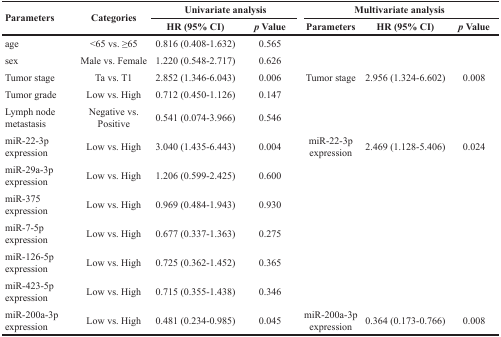
<table><thead><tr><td rowspan="2"><b>Parameters</b></td><td rowspan="2"><b>Categories</b></td><td colspan="2"><b>Univariate analysis</b></td><td colspan="3"><b>Multivariate analysis</b></td></tr><tr><td><b>HR (95% CI)</b></td><td><b><i>p</i> Value</b></td><td><b>Parameters</b></td><td><b>HR (95% CI)</b></td><td><b><i>p</i> Value</b></td></tr></thead><tbody><tr><td>age</td><td>&lt;65 vs. ≥65</td><td>0.816 (0.408-1.632)</td><td>0.565</td><td>[EMPTY_CELL]</td><td>[EMPTY_CELL]</td><td>[EMPTY_CELL]</td></tr><tr><td>sex</td><td>Male vs. Female</td><td>1.220 (0.548-2.717)</td><td>0.626</td><td>[EMPTY_CELL]</td><td>[EMPTY_CELL]</td><td>[EMPTY_CELL]</td></tr><tr><td>Tumor stage</td><td>Ta vs. T1</td><td>2.852 (1.346-6.043)</td><td>0.006</td><td>Tumor stage</td><td>2.956 (1.324-6.602)</td><td>0.008</td></tr><tr><td>Tumor grade</td><td>Low vs. High</td><td>0.712 (0.450-1.126)</td><td>0.147</td><td>[EMPTY_CELL]</td><td>[EMPTY_CELL]</td><td>[EMPTY_CELL]</td></tr><tr><td>Lymph node metastasis</td><td>Negative vs. Positive</td><td>0.541 (0.074-3.966)</td><td>0.546</td><td>[EMPTY_CELL]</td><td>[EMPTY_CELL]</td><td>[EMPTY_CELL]</td></tr><tr><td>miR-22-3p expression</td><td>Low vs. High</td><td>3.040 (1.435-6.443)</td><td>0.004</td><td>miR-22-3p expression</td><td>2.469 (1.128-5.406)</td><td>0.024</td></tr><tr><td>miR-29a-3p expression</td><td>Low vs. High</td><td>1.206 (0.599-2.425)</td><td>0.600</td><td>[EMPTY_CELL]</td><td>[EMPTY_CELL]</td><td>[EMPTY_CELL]</td></tr><tr><td>miR-375 expression</td><td>Low vs. High</td><td>0.969 (0.484-1.943)</td><td>0.930</td><td>[EMPTY_CELL]</td><td>[EMPTY_CELL]</td><td>[EMPTY_CELL]</td></tr><tr><td>miR-7-5p expression</td><td>Low vs. High</td><td>0.677 (0.337-1.363)</td><td>0.275</td><td>[EMPTY_CELL]</td><td>[EMPTY_CELL]</td><td>[EMPTY_CELL]</td></tr><tr><td>miR-126-5p expression</td><td>Low vs. High</td><td>0.725 (0.362-1.452)</td><td>0.365</td><td>[EMPTY_CELL]</td><td>[EMPTY_CELL]</td><td>[EMPTY_CELL]</td></tr><tr><td>miR-423-5p expression</td><td>Low vs. High</td><td>0.715 (0.355-1.438)</td><td>0.346</td><td>[EMPTY_CELL]</td><td>[EMPTY_CELL]</td><td>[EMPTY_CELL]</td></tr><tr><td>miR-200a-3p expression</td><td>Low vs. High</td><td>0.481 (0.234-0.985)</td><td>0.045</td><td>miR-200a-3p expression</td><td>0.364 (0.173-0.766)</td><td>0.008</td></tr></tbody></table>